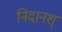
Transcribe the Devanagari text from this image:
निदानश्